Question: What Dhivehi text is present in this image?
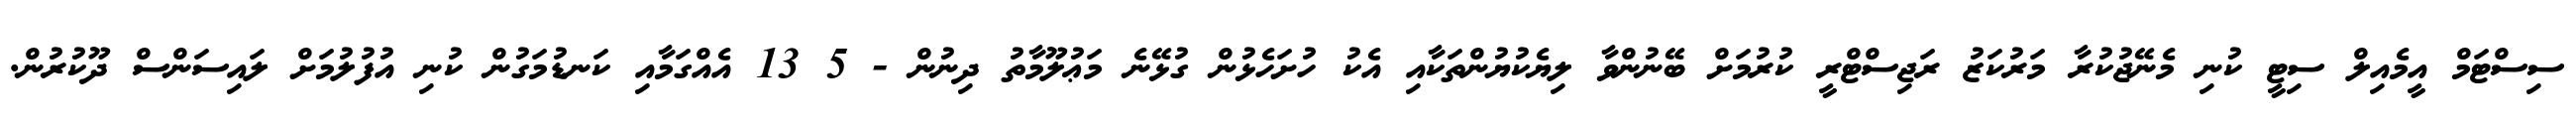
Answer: ސިސްޓަމް އީމެއިލް ސިޓީ ކުނި މެނޭޖުކުރާ މަރުކަޒު ރަޖިސްޓްރީ ކުރުމަށް ބޭނުންވާ ލިޔެކުޔުންތަކާއި އެކު ހުށަހެޅުން ގުޅޭނެ މަޢުލޫމާތު ދިނުން - 5 13 އެއްގަމާއި ކަނޑުމަގުން ކުނި އުފުލުމަށް ލައިސަންސް ދޫކުރުން.